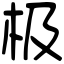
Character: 极